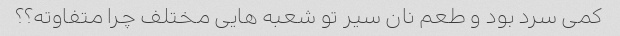
کمی سرد بود و طعم نان سیر تو شعبه هایی مختلف چرا متفاوته؟؟